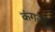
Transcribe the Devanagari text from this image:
कंगली